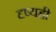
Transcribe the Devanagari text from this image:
दृष्यही